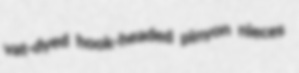
vat-dyed hook-headed pinyon nieces